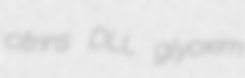
citrins DLL glyoxim